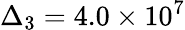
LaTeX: \Delta_{3}=4.0\times 10^{7}